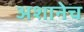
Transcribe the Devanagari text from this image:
अशानेच